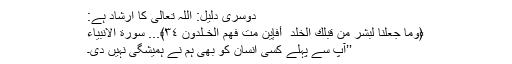
دوسری دلیل: اللہ تعالیٰ کا ارشاد ہے:
﴿وَما جَعَلنا لِبَشَرٍ‌ مِن قَبلِكَ الخُلدَ ۖ أَفَإِي۟ن مِتَّ فَهُمُ الخـٰلِدونَ ٣٤﴾... سورة الانبياء
’’آپ سے پہلے کسی انسان کو بھی ہم نے ہمیشگی نہیں دی۔